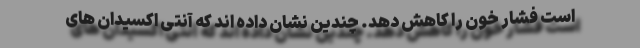
است فشار خون را کاهش دهد. چندین نشان داده اند که آنتی اکسیدان های